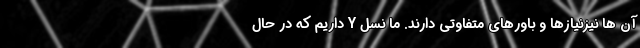
آن ها نیزنیازها و باورهای متفاوتی دارند. ما نسل Y داریم که در حال